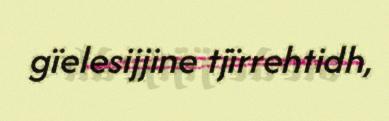
gïelesijjine tjïrrehtidh,